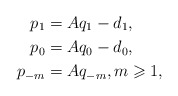
\begin{align*} p_1&=Aq_1-d_1,\\ p_0&=Aq_0-d_0,\\ p_{-m}&=Aq_{-m},m\geqslant 1,\end{align*}